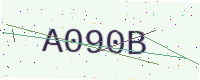
Text: A090B